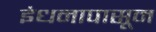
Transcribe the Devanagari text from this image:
इंधनापासून